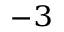
^ { - 3 }